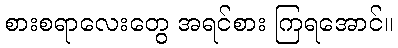
စားစရာလေးတွေ အရင်စား ကြရအောင်။